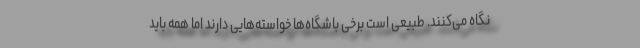
نگاه می‌کنند. طبیعی است برخی باشگاه‌ها خواسته‌هایی دارند اما همه باید